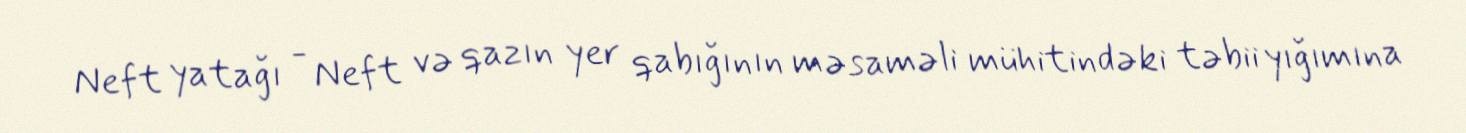
Neft yatağı - Neft və qazın yer qabığının məsaməli mühitindəki təbii yığımına